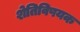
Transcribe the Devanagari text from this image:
शेतिविषयक